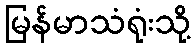
မြန်မာသံရုံးသို့